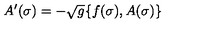
A ^ { \prime } ( \sigma ) = - \sqrt { g } \{ f ( \sigma ) , A ( \sigma ) \}